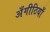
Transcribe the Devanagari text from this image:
अँगीठियाँ